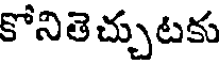
కోనితె చ్చుటకు